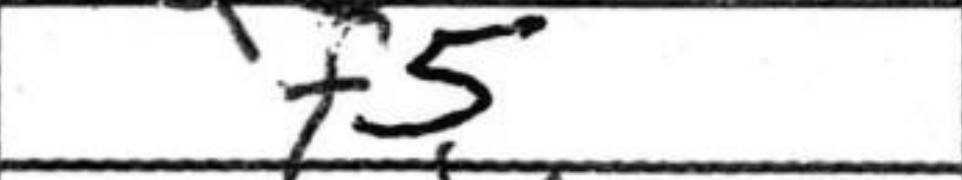
Transcription: f5